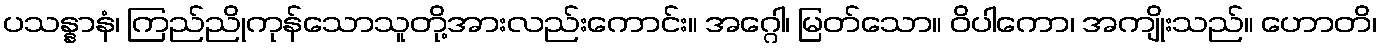
ပသန္နာနံ၊ ကြည်ညိုကုန်သောသူတို့အားလည်းကောင်း။ အဂ္ဂေါ၊ မြတ်သော။ ဝိပါကော၊ အကျိုးသည်။ ဟောတိ၊